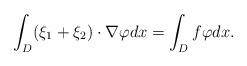
LaTeX: \begin{align*}\int_D (\xi_1 + \xi_2) \cdot {\nabla \varphi} dx =\int_D f\varphi dx. \end{align*}